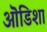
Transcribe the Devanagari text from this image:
ऒडिशा